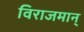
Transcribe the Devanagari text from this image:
विराजमान्‌